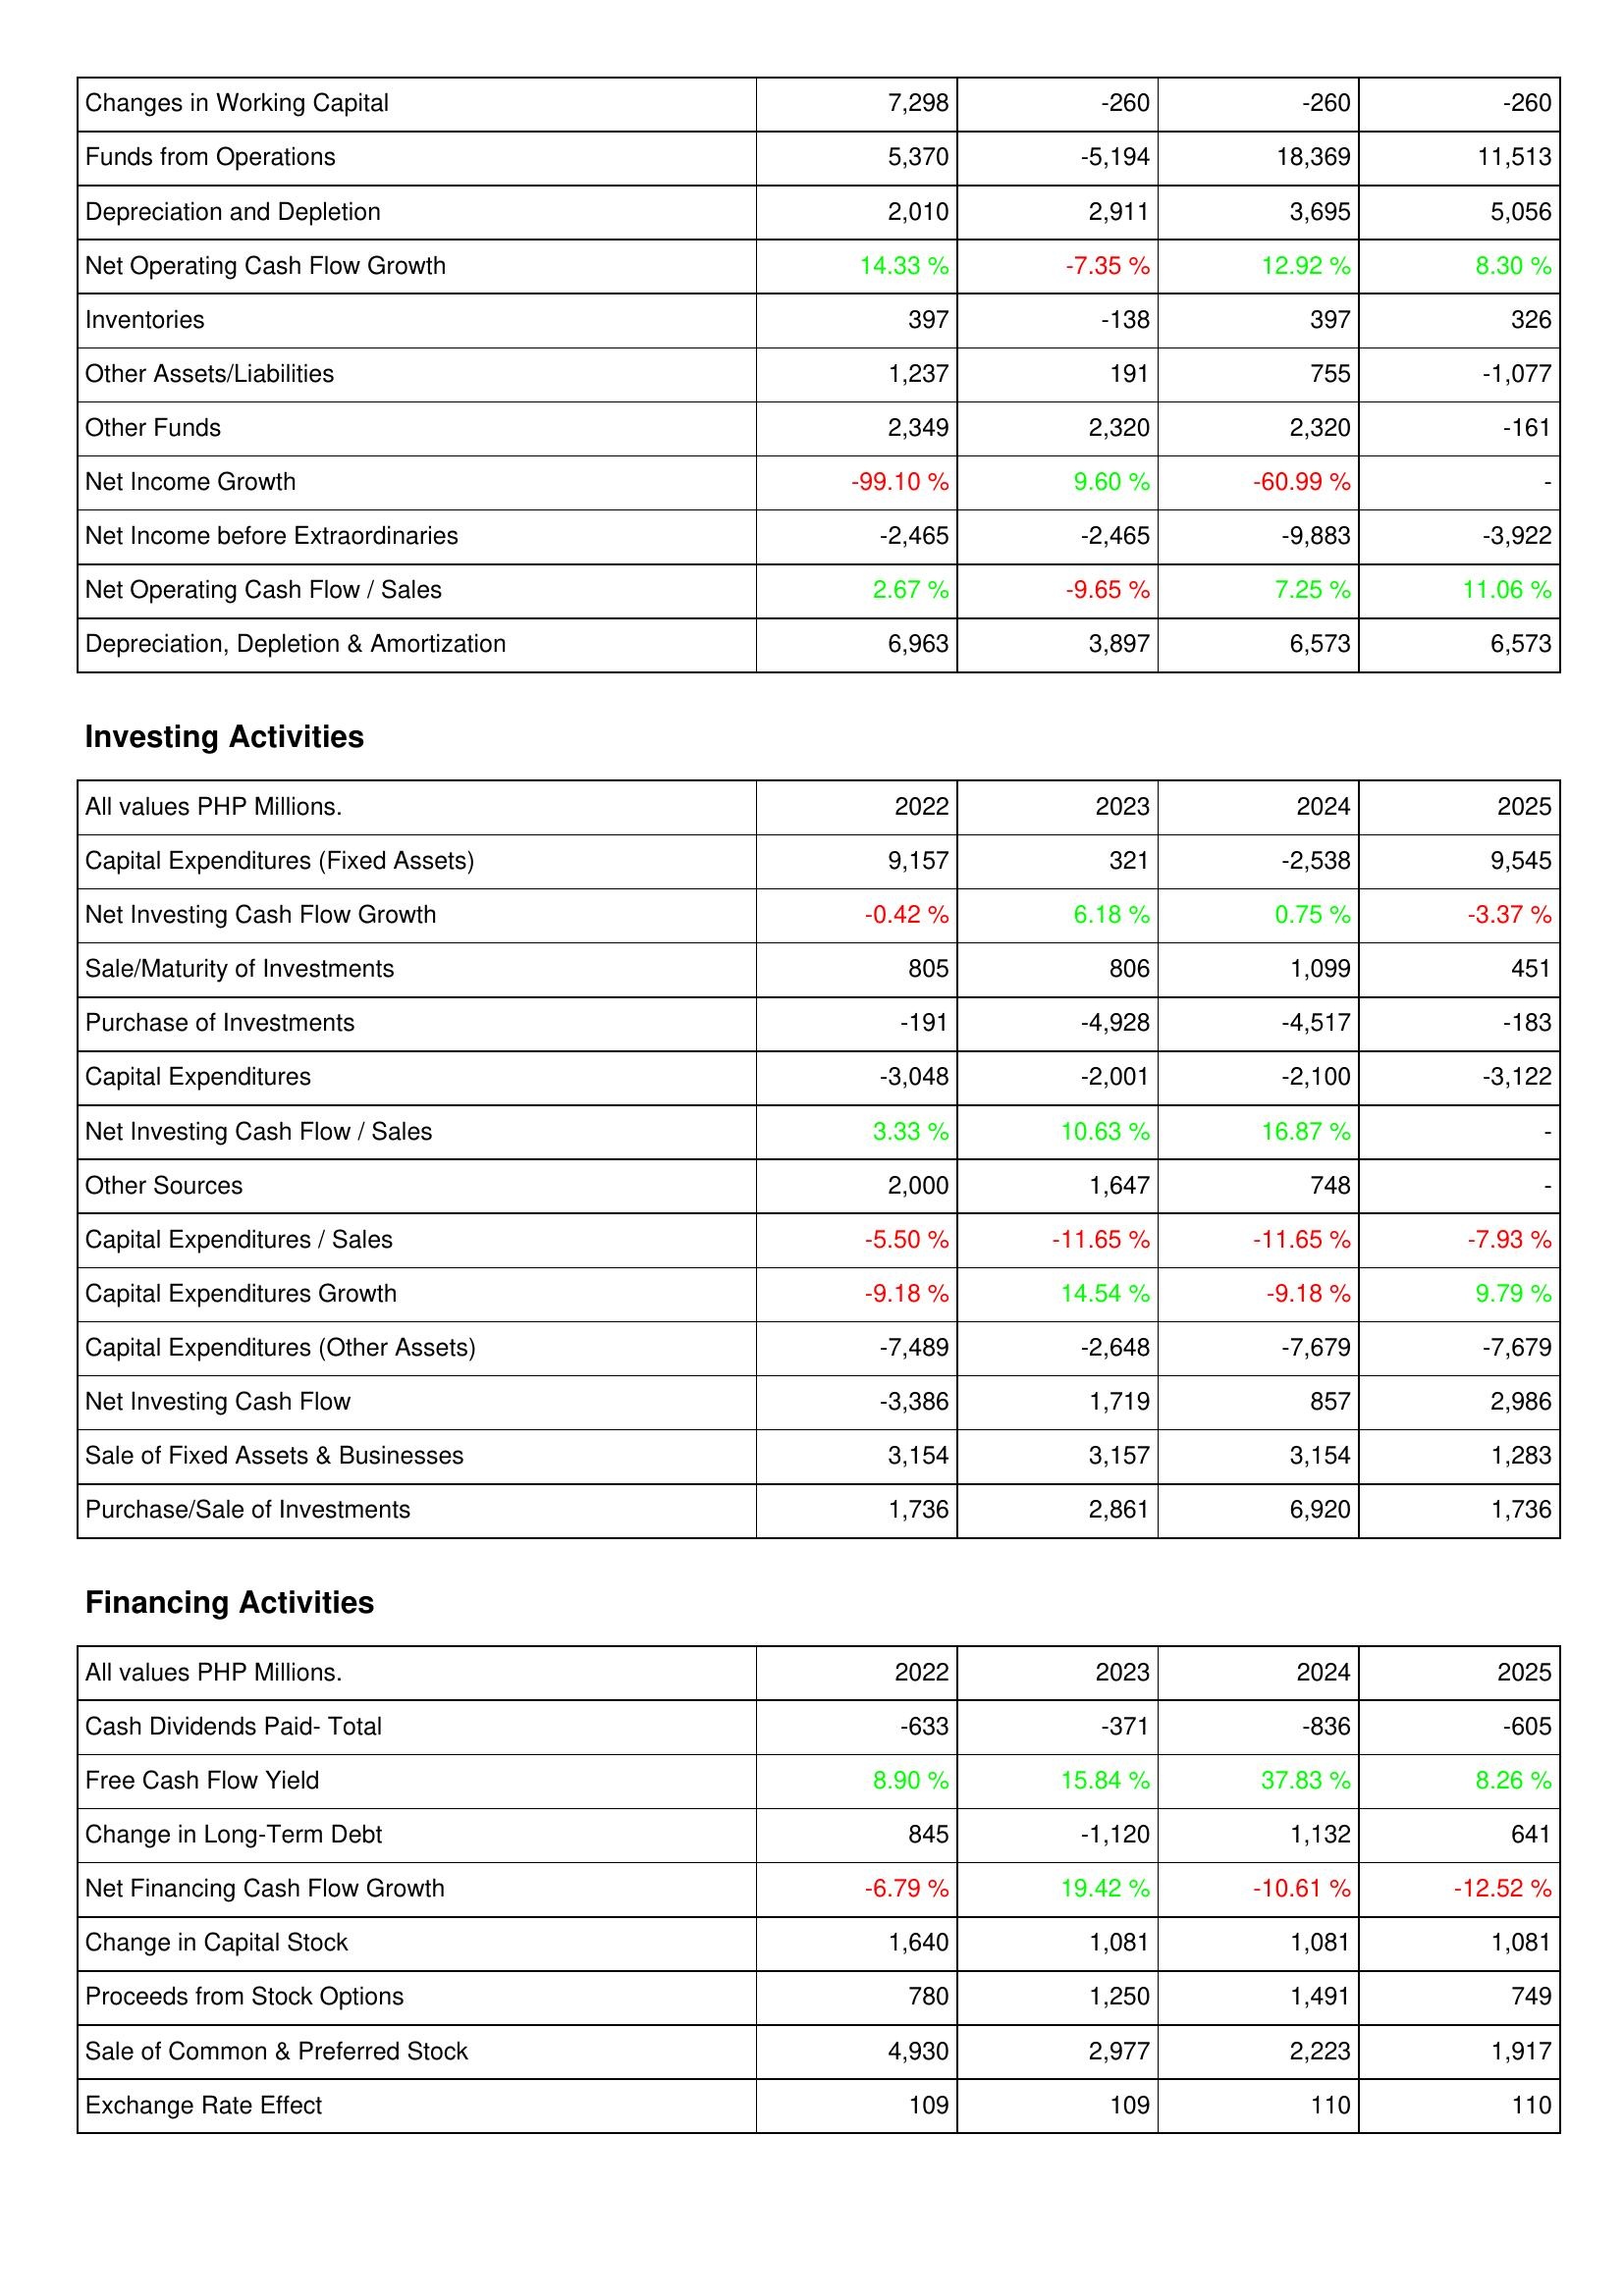
2022: Operating Activities: Changes in Working Capital: 7,298
Funds from Operations: 5,370
Depreciation and Depletion: 2,010
Net Operating Cash Flow Growth: 14.33 %
Inventories: 397
Other Assets/Liabilities: 1,237
Other Funds: 2,349
Net Income Growth: -99.10 %
Net Income before Extraordinaries: -2,465
Net Operating Cash Flow / Sales: 2.67 %
Depreciation, Depletion & Amortization: 6,963
Investing Activities: Capital Expenditures (Fixed Assets): 9,157
Net Investing Cash Flow Growth: -0.42 %
Sale/Maturity of Investments: 805
Purchase of Investments: -191
Capital Expenditures: -3,048
Net Investing Cash Flow / Sales: 3.33 %
Other Sources: 2,000
Capital Expenditures / Sales: -5.50 %
Capital Expenditures Growth: -9.18 %
Capital Expenditures (Other Assets): -7,489
Net Investing Cash Flow: -3,386
Sale of Fixed Assets & Businesses: 3,154
Purchase/Sale of Investments: 1,736
Financing Activities: Cash Dividends Paid- Total: -633
Free Cash Flow Yield: 8.90 %
Change in Long-Term Debt: 845
Net Financing Cash Flow Growth: -6.79 %
Change in Capital Stock: 1,640
Proceeds from Stock Options: 780
Sale of Common & Preferred Stock: 4,930
Exchange Rate Effect: 109
2023: Operating Activities: Changes in Working Capital: -260
Funds from Operations: -5,194
Depreciation and Depletion: 2,911
Net Operating Cash Flow Growth: -7.35 %
Inventories: -138
Other Assets/Liabilities: 191
Other Funds: 2,320
Net Income Growth: 9.60 %
Net Income before Extraordinaries: -2,465
Net Operating Cash Flow / Sales: -9.65 %
Depreciation, Depletion & Amortization: 3,897
Investing Activities: Capital Expenditures (Fixed Assets): 321
Net Investing Cash Flow Growth: 6.18 %
Sale/Maturity of Investments: 806
Purchase of Investments: -4,928
Capital Expenditures: -2,001
Net Investing Cash Flow / Sales: 10.63 %
Other Sources: 1,647
Capital Expenditures / Sales: -11.65 %
Capital Expenditures Growth: 14.54 %
Capital Expenditures (Other Assets): -2,648
Net Investing Cash Flow: 1,719
Sale of Fixed Assets & Businesses: 3,157
Purchase/Sale of Investments: 2,861
Financing Activities: Cash Dividends Paid- Total: -371
Free Cash Flow Yield: 15.84 %
Change in Long-Term Debt: -1,120
Net Financing Cash Flow Growth: 19.42 %
Change in Capital Stock: 1,081
Proceeds from Stock Options: 1,250
Sale of Common & Preferred Stock: 2,977
Exchange Rate Effect: 109
2024: Operating Activities: Changes in Working Capital: -260
Funds from Operations: 18,369
Depreciation and Depletion: 3,695
Net Operating Cash Flow Growth: 12.92 %
Inventories: 397
Other Assets/Liabilities: 755
Other Funds: 2,320
Net Income Growth: -60.99 %
Net Income before Extraordinaries: -9,883
Net Operating Cash Flow / Sales: 7.25 %
Depreciation, Depletion & Amortization: 6,573
Investing Activities: Capital Expenditures (Fixed Assets): -2,538
Net Investing Cash Flow Growth: 0.75 %
Sale/Maturity of Investments: 1,099
Purchase of Investments: -4,517
Capital Expenditures: -2,100
Net Investing Cash Flow / Sales: 16.87 %
Other Sources: 748
Capital Expenditures / Sales: -11.65 %
Capital Expenditures Growth: -9.18 %
Capital Expenditures (Other Assets): -7,679
Net Investing Cash Flow: 857
Sale of Fixed Assets & Businesses: 3,154
Purchase/Sale of Investments: 6,920
Financing Activities: Cash Dividends Paid- Total: -836
Free Cash Flow Yield: 37.83 %
Change in Long-Term Debt: 1,132
Net Financing Cash Flow Growth: -10.61 %
Change in Capital Stock: 1,081
Proceeds from Stock Options: 1,491
Sale of Common & Preferred Stock: 2,223
Exchange Rate Effect: 110
2025: Operating Activities: Changes in Working Capital: -260
Funds from Operations: 11,513
Depreciation and Depletion: 5,056
Net Operating Cash Flow Growth: 8.30 %
Inventories: 326
Other Assets/Liabilities: -1,077
Other Funds: -161
Net Income Growth: -
Net Income before Extraordinaries: -3,922
Net Operating Cash Flow / Sales: 11.06 %
Depreciation, Depletion & Amortization: 6,573
Investing Activities: Capital Expenditures (Fixed Assets): 9,545
Net Investing Cash Flow Growth: -3.37 %
Sale/Maturity of Investments: 451
Purchase of Investments: -183
Capital Expenditures: -3,122
Net Investing Cash Flow / Sales: -
Other Sources: -
Capital Expenditures / Sales: -7.93 %
Capital Expenditures Growth: 9.79 %
Capital Expenditures (Other Assets): -7,679
Net Investing Cash Flow: 2,986
Sale of Fixed Assets & Businesses: 1,283
Purchase/Sale of Investments: 1,736
Financing Activities: Cash Dividends Paid- Total: -605
Free Cash Flow Yield: 8.26 %
Change in Long-Term Debt: 641
Net Financing Cash Flow Growth: -12.52 %
Change in Capital Stock: 1,081
Proceeds from Stock Options: 749
Sale of Common & Preferred Stock: 1,917
Exchange Rate Effect: 110